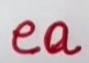
ea